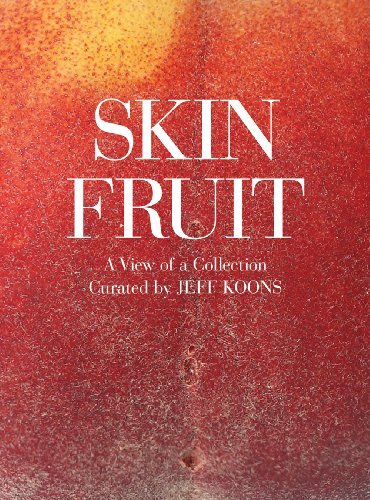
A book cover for Jeff Koons: Skin Fruit: A View of a Collection; Arts & Photography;